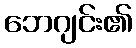
ဘေဂျင်း၏